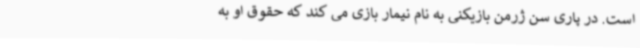
است. در پاری سن ژرمن بازیکنی به نام نیمار بازی می کند که حقوق او به